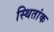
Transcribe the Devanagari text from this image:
स्थितांक